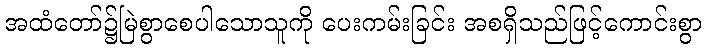
အထံတော်၌မြဲစွာစေပါသောသူကို ပေးကမ်းခြင်း အစရှိသည်ဖြင့်ကောင်းစွာ